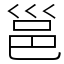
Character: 邕